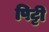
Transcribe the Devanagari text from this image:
पिट्टी